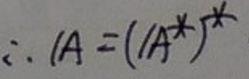
$\therefore A=(A^*)^*$